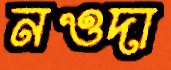
নওদা